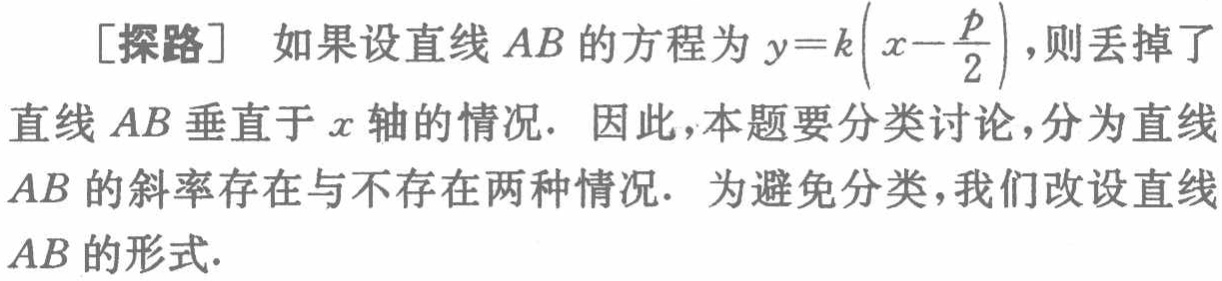
[探路] 如果设直线 \(AB\) 的方程为 \(y = k\left(x - \frac{p}{2}\right)\)，则丢掉了直线 \(AB\) 垂直于 \(x\) 轴的情况. 因此，本题要分类讨论，分为直线 \(AB\) 的斜率存在与不存在两种情况. 为避免分类，我们改设直线 \(AB\) 的形式.